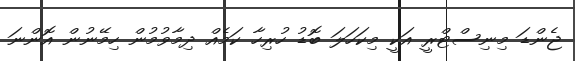
ޖެންޑަ މިނިސްޓްރީ އަކީ މިކަހަލަ ބޮޑު ހުރިހާ ކަމެއް ދިމާވުމުން ހިމޭނުން އޮންނަ